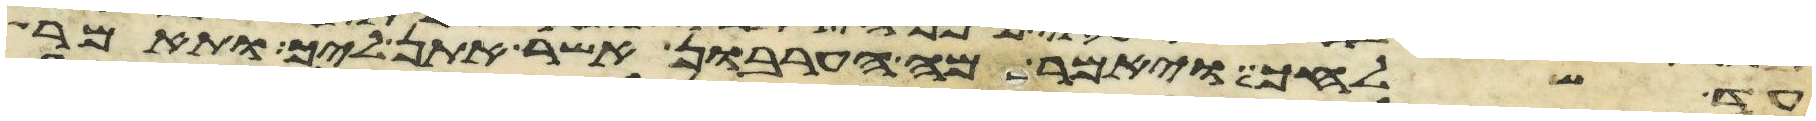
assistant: עד שלחך ויאמר מה הערבון אשר אתן ליך ותאמר